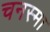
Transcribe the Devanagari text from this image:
चनस्मा